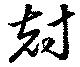
尅